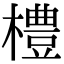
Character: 𪴀